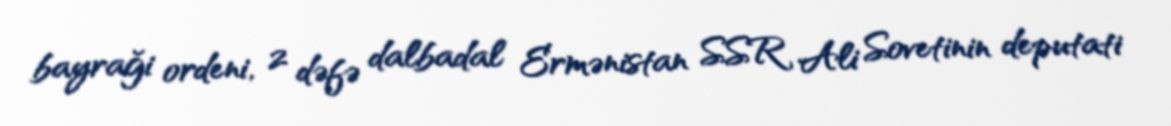
bayraği ordeni, 2 dəfə dalbadal Ermənistan SSR Ali Sovetinin deputati